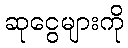
ဆုငွေများကို